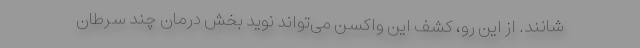
شانند. از این رو، کشف این واکسن می‌تواند نوید بخش درمان چند سرطان